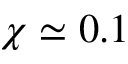
\chi \simeq 0 . 1